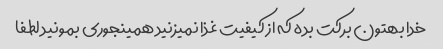
خدا بهتون برکت بده که از کیفیت غذا نمیزنید همینجوری بمونید لطفا